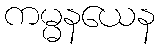
ကမ္မနယေန